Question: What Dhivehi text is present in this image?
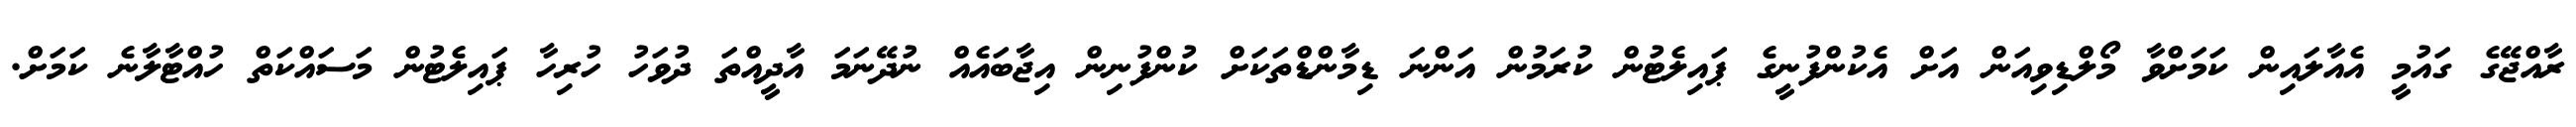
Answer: ރާއްޖޭގެ ގައުމީ އެއާލައިން ކަމަށްވާ މޯލްޑިވިއަން އަށް އެކުންފުނީގެ ޕައިލެޓުން ކުރަމުން އަންނަ ޑިމާންޑްތަކަށް ކުންފުނިން އިޖާބައެއް ނުދޭނަމަ އާދީއްތަ ދުވަހު ހުރިހާ ޕައިލެޓުން މަސައްކަތް ހުއްޓާލާނެ ކަމަށް.